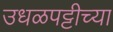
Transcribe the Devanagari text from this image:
उधळपट्टीच्या